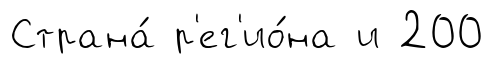
Страна́ р'ег'ио́на и 200